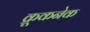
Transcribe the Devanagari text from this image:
क्रूकनेक